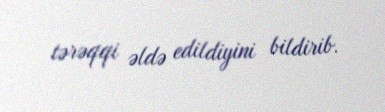
tərəqqi əldə edildiyini bildirib.